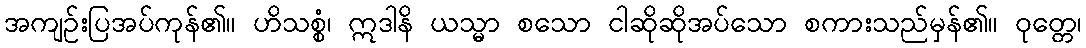
အကျဉ်းပြအပ်ကုန်၏။ ဟိသစ္စံ၊ ဣဒါနိ ယသ္မာ စသော ငါဆိုဆိုအပ်သော စကားသည်မှန်၏။ ဝုတ္တေ၊